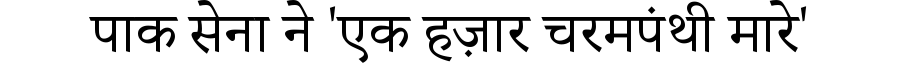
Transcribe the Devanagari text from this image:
पाक सेना ने 'एक हज़ार चरमपंथी मारे'